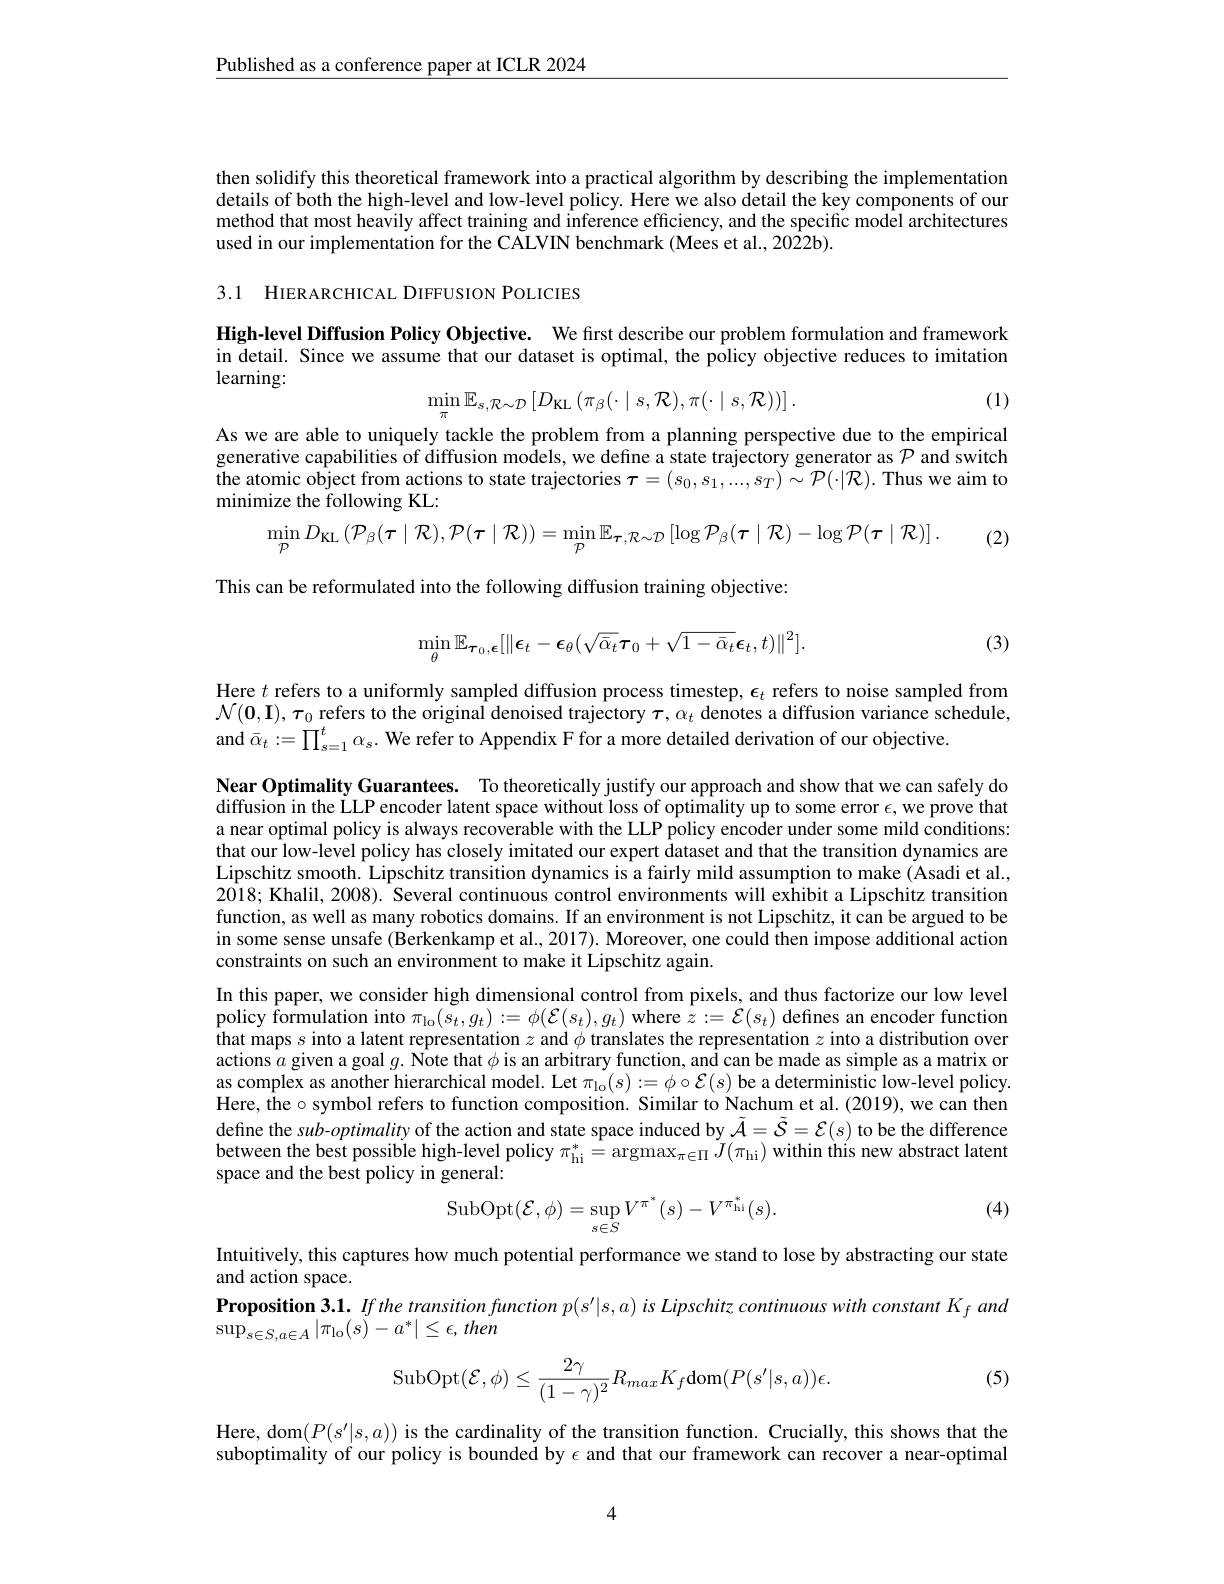
$\underline{\text{Published as a conference paper at ICLR 2024}}$

then solidify this theoretical framework into a practical algorithm by describing the implementation details of both the high-level and low-level policy. Here we also detail the key components of our method that most heavily affect training and inference efficiency, and the specific model architectures used in our implementation for the CALVIN benchmark (Mees et al., 2022b).

3.1 HIERARCHICAL DIFFUSION POLICIES

High-level Diffusion Policy Objective. We fırst describe our problem formulation and framework in detail. Since we assume that our dataset is optimal, the policy objective reduces to imitation learning:
$$\min_{\pi}\mathbb{E}_{s,\mathcal{R}\sim\mathcal{D}}\left[D_{\mathrm{KL}}\left(\pi_{\beta}(\cdot\mid s,\mathcal{R}),\pi(\cdot\mid s,\mathcal{R})\right)\right].$$
(1)

As we are able to uniquely tackle the problem from a planning perspective due to the empirical generative capabilities of diffusion models, we define a state trajectory generator as $\mathcal{P}$ and switch $\tilde {\text{the atomic object from actions to state trajectories }\tau }= ( s_{0}, s_{1}, . . . , s_{T}) \sim \mathcal{P} ( \cdot | \mathcal{R} ) .$Thus we aim to minimize the following KL:
$$\min_{\mathcal{P}}D_{\mathrm{KL}}\left(\mathcal{P}_{\beta}(\tau\mid\mathcal{R}),\mathcal{P}(\tau\mid\mathcal{R})\right)=\min_{\mathcal{P}}\mathbb{E}_{\tau,\mathcal{R}\sim\mathcal{D}}\left[\log\mathcal{P}_{\beta}(\tau\mid\mathcal{R})-\log\mathcal{P}(\tau\mid\mathcal{R})\right].$$
(2)

This can be reformulated into the following diffusion training objective:
$$\min_{\theta}\mathbb{E}_{\boldsymbol{\tau}_{0},\boldsymbol{\epsilon}}[\|\boldsymbol{\epsilon}_{t}-\boldsymbol{\epsilon}_{\theta}(\sqrt{\bar{\alpha}_{t}}\boldsymbol{\tau}_{0}+\sqrt{1-\bar{\alpha}_{t}}\boldsymbol{\epsilon}_{t},t)\|^{2}].$$
(3)

Here $t$ refers to a uniformly sampled diffusion process timestep, $\epsilon_t$ refers to noise sampled from $\mathcal{N}(\mathbf{0},\mathbf{I}),\boldsymbol{\tau}_{0}$ refers to the original denoised trajectory $\boldsymbol\tau,\alpha_t$ denotes a diffusion variance schedule, and $\bar{\alpha}_t:=\prod_{s=1}^{t}\alpha_s.$ We refer to Appendix F for a more detailed derivation of our objective.

Near Optimality Guarantees. To theoretically justify our approach and show that we can safely do diffusion in the LLP encoder latent space without loss of optimality up to some error $\epsilon$,we prove that a near optimal policy is always recoverable with the LLP policy encoder under some mild conditions: that our low-level policy has closely imitated our expert dataset and that the transition dynamics are Lipschitz smooth. Lipschitz transition dynamics is a fairly mild assumption to make (Asadi et al., $2\hat{018};$ Khalil, 2008). Several continuous control environments will exhibit a Lipschitz transition function, as well as many robotics domains. If an environment is not Lipschitz, it can be argued to be in some sense unsafe (Berkenkamp et al., 2017). Moreover, one could then impose additional action constraints on such an environment to make it Lipschitz again.

In this paper, we consider high dimensional control from pixels, and thus factorize our low level policy formulation into $\pi _\mathrm{lo}( s_t, g_t) : = \phi ( \mathcal{E} ( s_t) , g_t)$ where $\hat z:=\mathcal{E}(s_t)$ defines an encoder function that maps $s$ into a latent representation $z$ and $\phi$ translates the representation $z$ into a distribution over actions $\hat{a}$ given a goal $g.$ Note that $\phi$ is an arbitrary function, and can be made as simple as a matrix or as complex as another hierarchical model. Let $\pi _{\mathrm{lo}}( s) : = \phi \circ \mathcal{E} ( s)$ be a deterministic low-level policy. Here, the o symbol refers to function composition. Similar to Nachum et al. (2019), we can then define the sub-optimality of the action and state space induced by $\tilde{\mathcal{A}}=\tilde{\mathcal{S}}=\mathcal{E}(s)$ to be the difference between the best possible high-level policy $\pi_\mathrm{hi}^{*}=\operatorname{argmax}_{\pi\in\Pi}\tilde{J}(\pi_\mathrm{hi})$ within this new abstract latent space and the best policy in general:

(4)
$$\mathrm{SubOpt}(\mathcal{E},\phi)=\sup\limits_{s\in S}V^{\pi^*}(s)-V^{\pi_{\mathrm{hi}}^*}(s).$$
Intuitively, this captures how much potential performance we stand to lose by abstracting our state
and action space.
$\textbf{Proposition 3. 1. If the transition function }p( s^{\prime }| s, a)$ is Lipschitz continuous with constant $K_f$ and
$\sup_{s\in S,a\in A}|\pi_{\mathrm{lo}}(s)-a^{*}|\leq\epsilon,then$

(5)
$$\mathrm{SubOpt}(\mathcal{E},\phi)\leq\frac{2\gamma}{(1-\gamma)^2}R_{max}K_f\mathrm{dom}(P(s'|s,a))\epsilon.$$
Here, dom$(P(s^{\prime}|s,a))$ is the cardinality of the transition function. Crucially, this shows that the suboptimality of our policy is bounded by $\epsilon$ and that our framework can recover a near-optimal

4